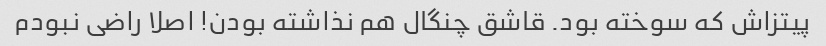
پیتزاش که سوخته بود. قاشق چنگال هم نذاشته بودن! اصلا راضی نبودم